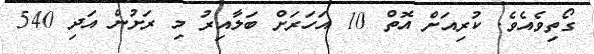
ގޯތިވެއެވެ. ކުރިއަށް އޮތް 10 އަހަރަށް ބަލާއިރު މި ރަށުން އަދި 540